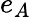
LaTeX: e_{A}